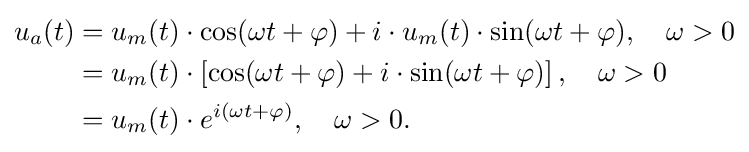
{\begin{aligned}u_{a}(t)&=u_{m}(t)\cdot \cos(\omega t+\varphi )+i\cdot u_{m}(t)\cdot \sin(\omega t+\varphi ),\quad \omega >0\\&=u_{m}(t)\cdot \left[\cos(\omega t+\varphi )+i\cdot \sin(\omega t+\varphi )\right],\quad \omega >0\\&=u_{m}(t)\cdot e^{i(\omega t+\varphi )},\quad \omega >0.\,\end{aligned}}